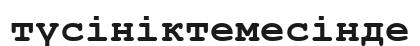
түсініктемесінде